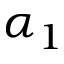
\alpha _ { 1 }